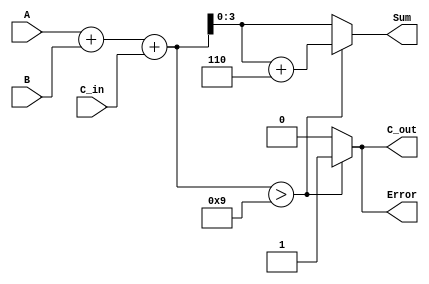
module BCD_Redundant_Binary_Adder (
    input  wire [3:0] A,      // First BCD digit
    input  wire [3:0] B,      // Second BCD digit
    input  wire C_in,         // Carry input
    output reg  [3:0] Sum,    // Resulting BCD digit
    output reg  C_out,        // Carry output
    output reg  Error         // Error flag
);

    // Internal signals
    wire [4:0] sum;           // 5-bit sum to accommodate carry
    wire [4:0] corrected_sum; // 5-bit corrected sum
    wire correction_needed;    // Flag to indicate if correction is needed

    // Perform initial addition
    assign sum = A + B + C_in;

    // Determine if correction is needed (if sum > 9)
    assign correction_needed = sum > 9;

    // Corrected sum (if correction is needed, add 6)
    assign corrected_sum = correction_needed ? (sum + 5'd6) : sum;

    // Assign outputs
    always @(*) begin
        if (correction_needed) begin
            Sum = corrected_sum[3:0]; // Take lower 4 bits
            C_out = 1;                // Set carry out
            Error = 1;                // Set error flag
        end else begin
            Sum = sum[3:0];           // Take lower 4 bits
            C_out = 0;                // No carry out
            Error = 0;                // No error
        end
    end

endmodule